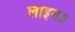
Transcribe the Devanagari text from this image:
लाइनऽ